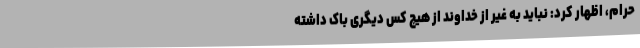
حرام، اظهار کرد: نباید به غیر از خداوند از هیچ کس دیگری باک داشته